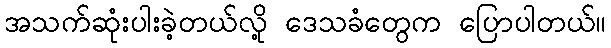
အသက်ဆုံးပါးခဲ့တယ်လို့ ဒေသခံတွေက ပြောပါတယ်။